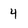
Character: 4